Annual report of the Punjab Veterinary College and of the Civil Veterinary Department, Punjab - 1909-1919
Year: 1909
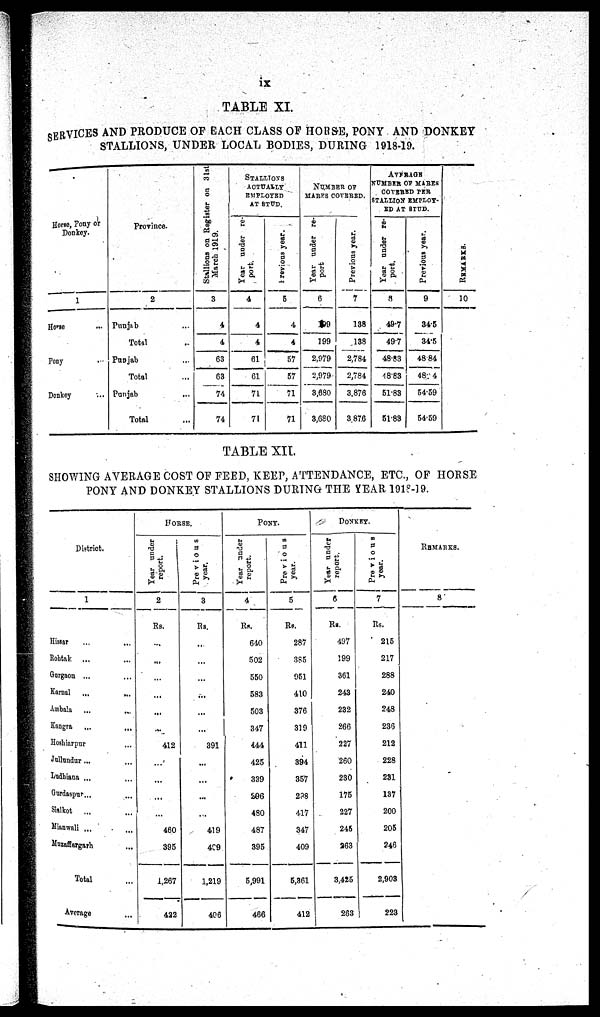
ix
TABLE XI.
SERVICES AND PRODUCE OF EACH CLASS OF HORSE, PONY AND DONKEY
STALLIONS, UNDER LOCAL BODIES, DURING 1918-19.
Horse, Pony or
Donkey.
1
Horse ...
Pony ...
Donkey ...
Province.
2
Punjab ...
Total ...
Punjab ...
Total ...
Punjab ...
Total ...
Stallions
on Register on 31st
March 1919.
3
4
4
63
63
74
74
STALLIONS
ACTUALLY
EMPLOYED
AT STUD.
Year under re-
port.
4
4
4
61
61
71
71
Previous year.
5
4
4
57
57
71
71
NUMBER OF
MARES COVERED.
Year under re-
port
6
199
199
2,979
2,979
3,680
3,680
Previous year.
7
138
138
2,784
2,784
3,876
3,876
AVERAGE
NUMBER OF MARES
COVERED PER
STALLION EMPLOY¬
ED AT STUD.
Year under re-
port.
8
49.7
497
48.83
48.83
51.83
51.83
Previous year.
9
34.5
34.5
48 84
48.84
54.59
54.59
REMARKS .
10
TABLE XII.
SHOWING AVERAGE COST OF FEED, KEEP, ATTENDANCE, ETC., OF HORSE
PONY AND DONKEY STALLIONS DURING THE YEAR 1918-19.
District.
1
Hissar
...
...
Rohtak ... ...
Gurgaon ... ...
Karnal ... ...
Ambala ... ...
Kangra
...
...
Hoshiarpur ...
Jullundur ... ...
Ludhiana ... ...
Gurdaspur ... ...
Sialkot ... ...
Mianwali ... ...
Muzaffargarh ...
Total ...
Average ...
HORESE.
Year under
report.
2
Rs.
...
...
...
...
...
...
412
...
...
...
...
460
395
1,267
422
Previous
year.
3
Rs.
...
...
...
...
...
...
391
...
...
...
...
419
409
1,219
406
PONY.
Year under
report.
4
Rs.
640
502
550
583
503
347
444
425
339
296
480
487
395
5,991
466
Previous
year.
5
Rs.
287
385
951
410
376
319
411
394
357
2?8
417
347
409
5,361
412
DONKEY.
Year under
report.
6
Rs.
497
199
361
243
232
266
227
260
230
175
227
245
263
3,425
263
Previous
year.
7
Rs.
215
217
288
240
248
236
212
228
231
137
200
205
246
2,903
223
REMARKS.
8